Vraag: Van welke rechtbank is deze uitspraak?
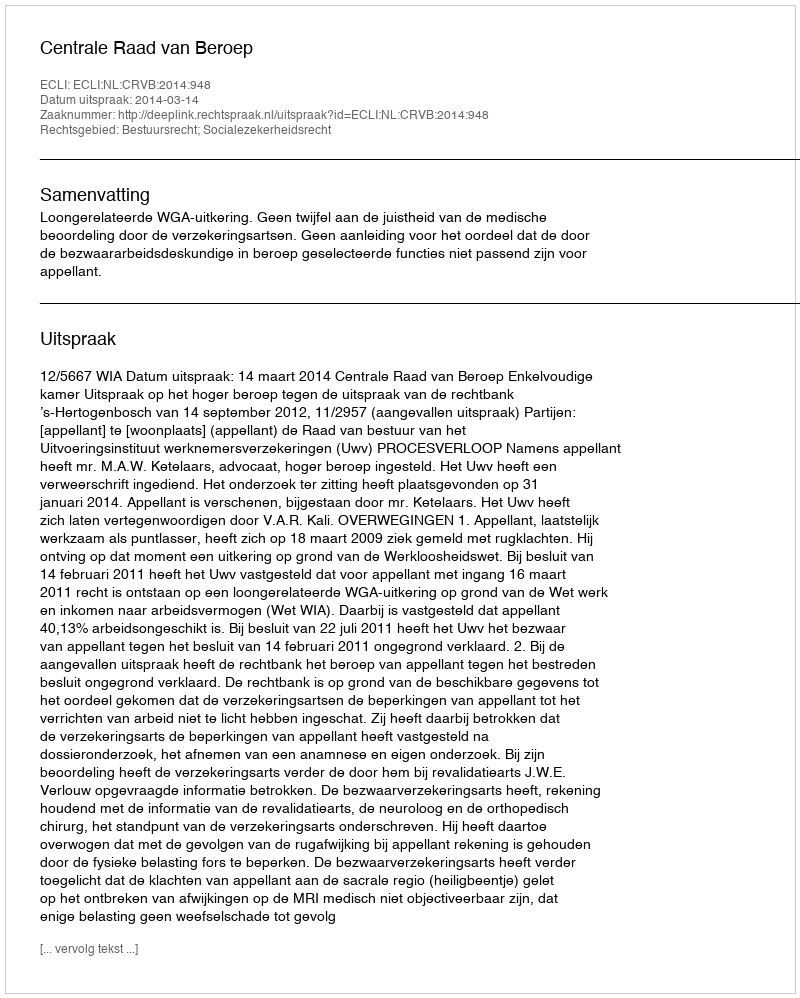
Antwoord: Centrale Raad van Beroep